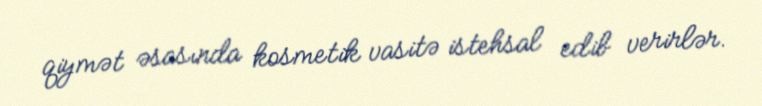
qiymət əsasında kosmetik vasitə istehsal edib verirlər.